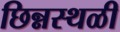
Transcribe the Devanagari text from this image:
छिन्नस्थळी